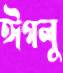
ঈগলু